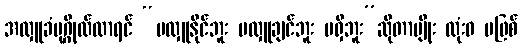
အလှူခံပုဂ္ဂိုလ်လာရင် “မလှူနိုင်ဘူး မလှူချင်ဘူး မရှိဘူး”ဆိုတာမျိုး လုံးဝ မဖြစ်